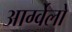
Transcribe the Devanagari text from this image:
आर्ग्वेलो